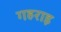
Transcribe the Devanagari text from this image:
गहराइ